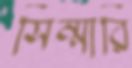
সিম্মারি